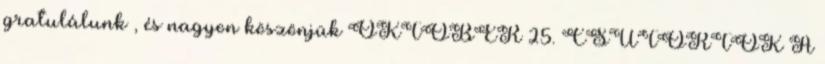
gratulálunk , és nagyon köszönjük OKTÓBER 25. CSÜTÖRTÖK A